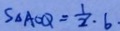
S _ { \Delta A C Q } = \frac { 1 } { 2 } \cdot b \cdot